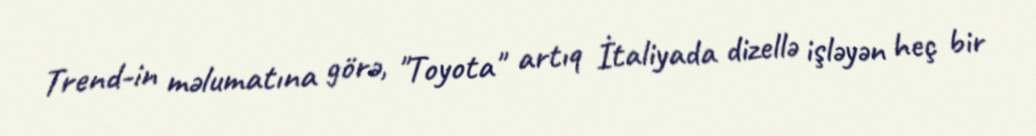
Trend-in məlumatına görə, "Toyota" artıq İtaliyada dizellə işləyən heç bir